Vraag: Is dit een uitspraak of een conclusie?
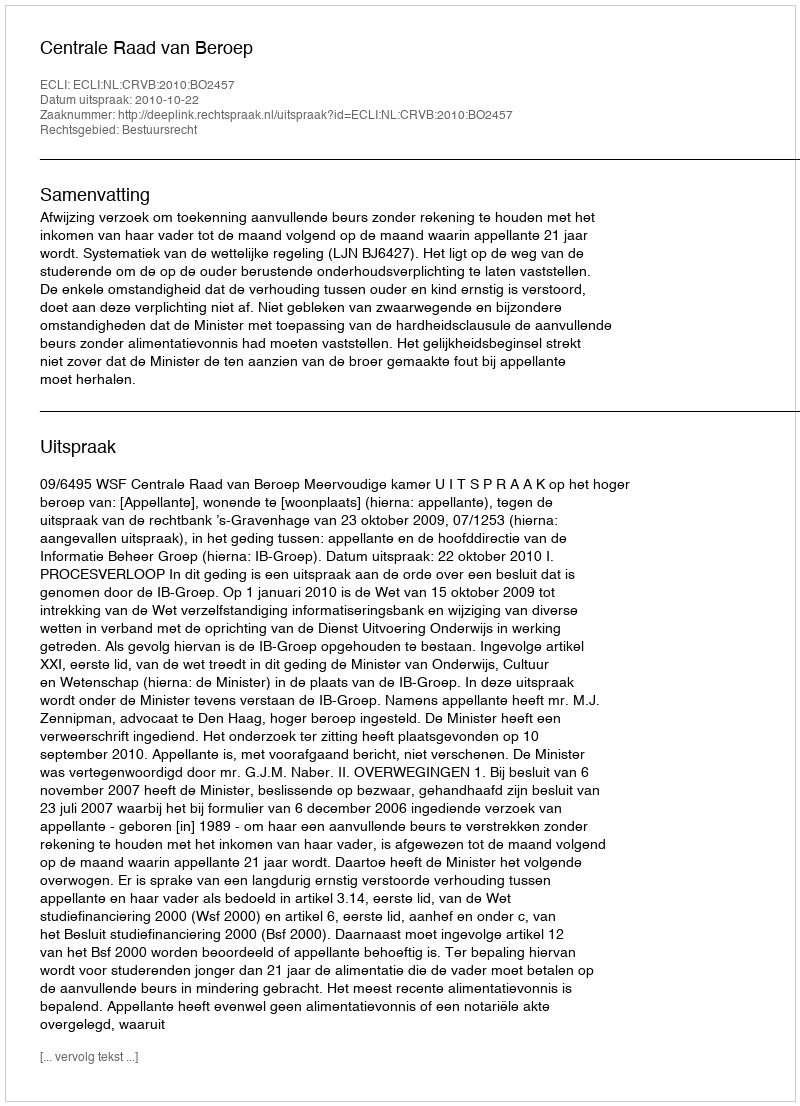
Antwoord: Uitspraak